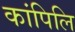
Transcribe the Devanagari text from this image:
कांपिलि